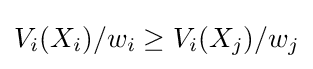
V_{i}(X_{i})/w_{i}\geq V_{i}(X_{j})/w_{j}